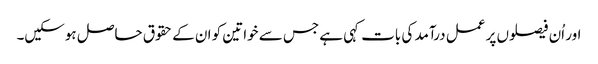
اور اُن فیصلوں پر عمل درآمد کی بات کہی ہے جس سے خواتین کو ان کے حقوق حاصل ہوسکیں۔